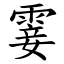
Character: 霎